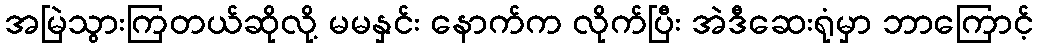
အမြဲသွားကြတယ်ဆိုလို့ မမနှင်း နောက်က လိုက်ပြီး အဲဒီဆေးရုံမှာ ဘာကြောင့်